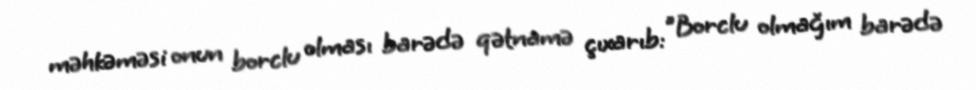
məhkəməsi onun borclu olması barədə qətnamə çıxarıb: ”Borclu olmağım barədə